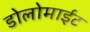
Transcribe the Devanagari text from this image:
डोलोमाईट